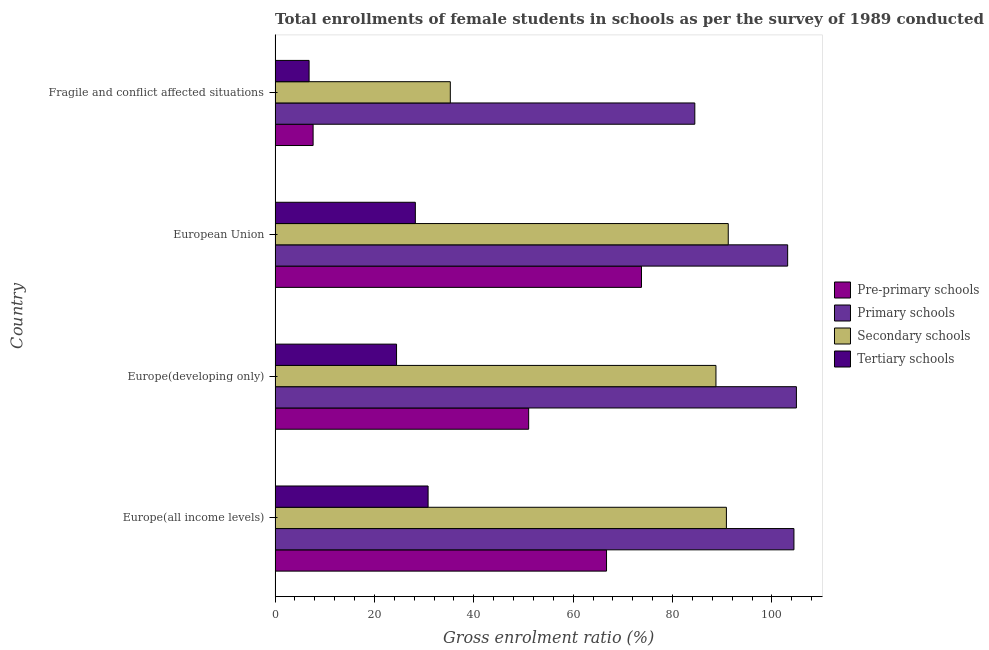
| Country | Pre-primary schools | Primary schools | Secondary schools | Tertiary schools |
 | --- | --- | --- | --- | --- |
 | Europe(all income levels) | 66.7 | 104 | 90.8 | 30.8 |
 | Europe(developing only) | 51 | 105 | 88.7 | 24.4 |
 | European Union | 73.7 | 103 | 91.2 | 28.2 |
 | Fragile and conflict affected situations | 7.65 | 84.5 | 35.3 | 6.84 |